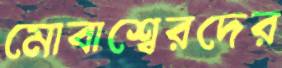
মোবাশ্বেরদের